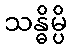
သန္ဓိမ္ပိ